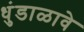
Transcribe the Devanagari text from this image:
धुंडाळावे